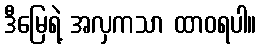
ဒီမြေရဲ့ အလှကသာ ထာဝရပါ။